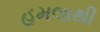
હમલાથી